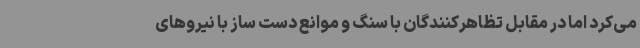
می‌کرد اما در مقابل تظاهرکنندگان با سنگ و موانع دست ساز با نیروهای